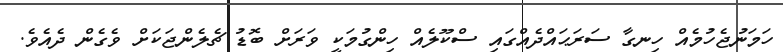
ހަމަނުޖެހުމެއް ހިނގާ ސަރަޙައްދެއްގައި ސްކޫލެއް ހިންގުމަކީ ވަރަށް ބޮޑު ޗެލެންޖަކަށް ވެގެން ދެއެވެ.